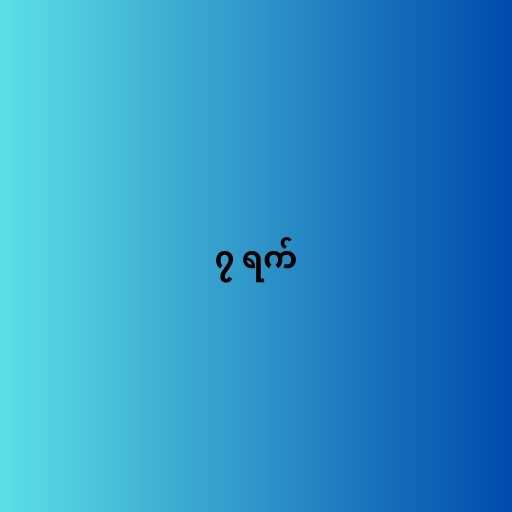
၇ ရက်